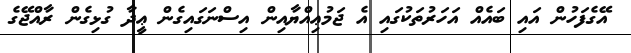
އޭގެފަހުން އައި ބައެއް އަހަރުތަކުގައި އެ ޖަމުޢިއްޔާއިން އިސްނަގައިގެން ޢީދާ ގުޅިގެން ރާއްޖޭގެ